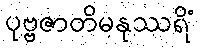
ပုဗ္ဗဇာတိမနုဿရိံ